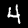
Digit: 4